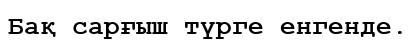
Бақ сарғыш түрге енгенде.